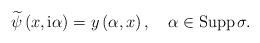
LaTeX: \begin{align*}\widetilde{\psi}\left( x,\mathrm{i}\alpha\right) =y\left( \alpha,x\right),\ \ \ \alpha\in\operatorname*{Supp}\sigma. \end{align*}